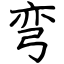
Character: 弯